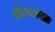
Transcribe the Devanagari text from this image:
डौलाकारात